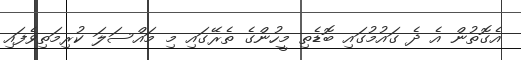
އެގޮތުން އެ ދެ ގައުމުގައި ބޮޑެތި މީހުންގެ ތެރޭގައި މި މައްސަލަ ކުރިމަތިވެފައި